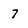
Character: 7